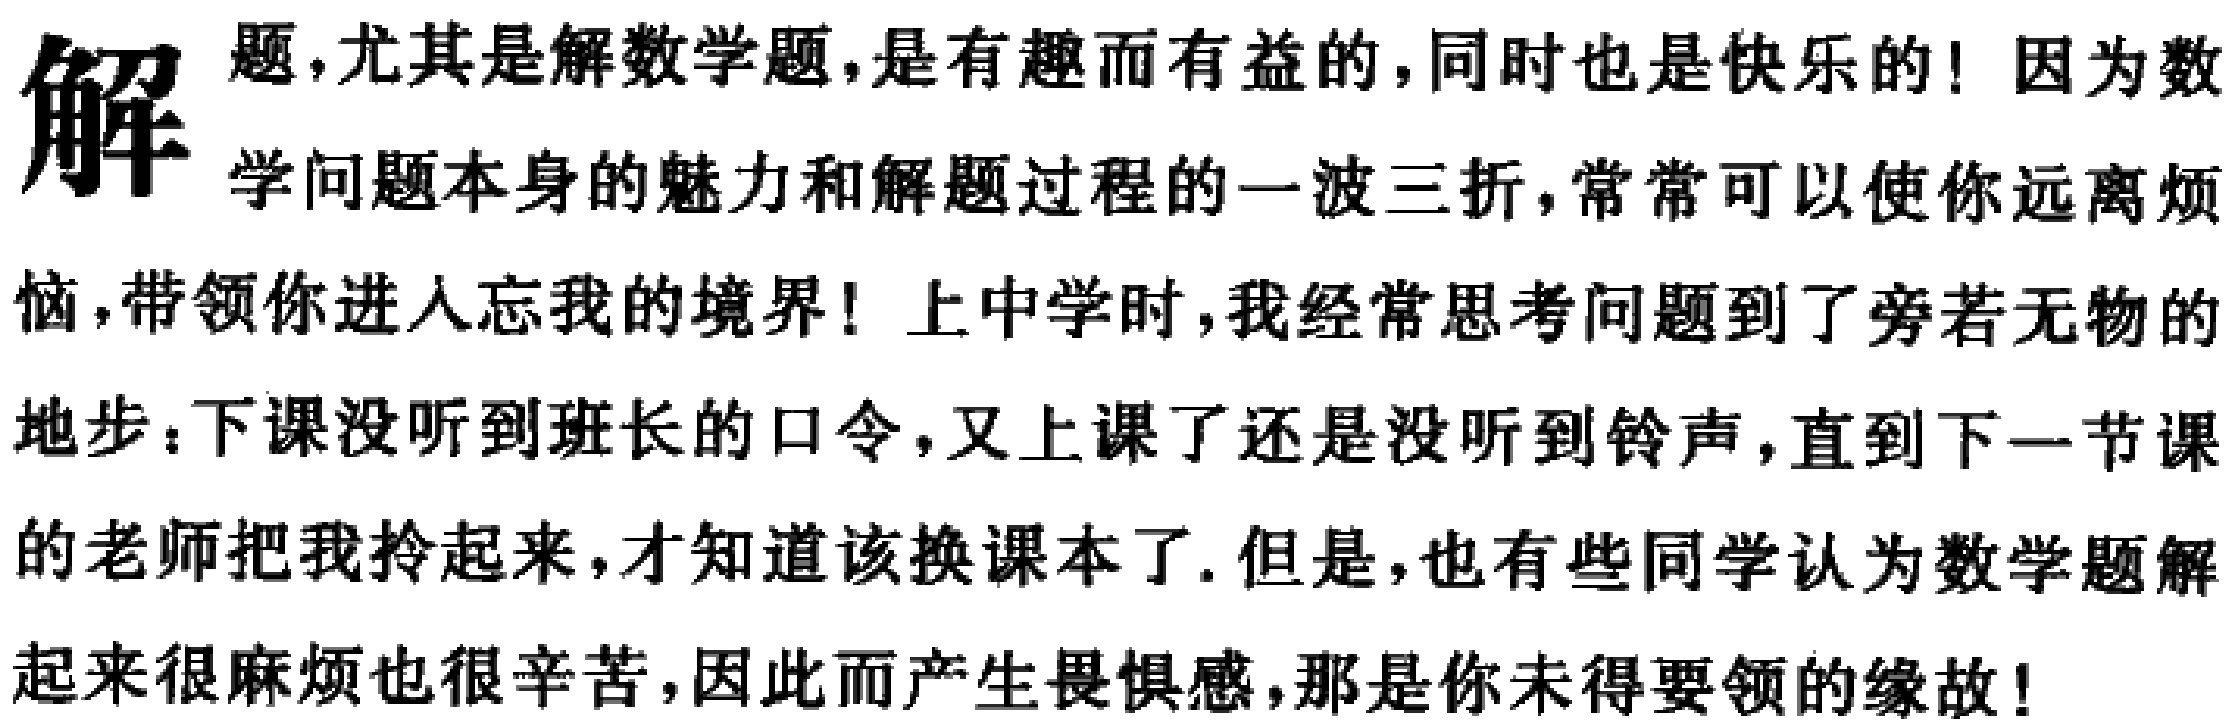
解题，尤其是解数学题，是有趣而有益的，同时也是快乐的！因为数学问题本身的魅力和解题过程的一波三折，常常可以使你远离烦恼，带领你进入忘我的境界！上中学时，我经常思考问题到了旁若无物的地步：下课没听到班长的口令，又上课了还是没听到铃声，直到下一节课的老师把我拎起来，才知道该换课本了. 但是，也有些同学认为数学题解起来很麻烦也很辛苦，因此而产生畏惧感，那是你未得要领的缘故！